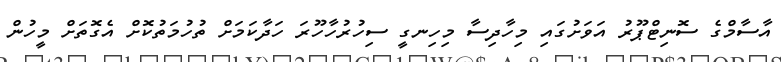
އާސާމްގެ ސޮނިޓްޕޫރު އަވަށުގައި މިހާދިސާ މިހިނގީ ސިހުރުހާހޫރަ ހަދާކަމަށް ތުހުމަތުކޮށް އެގޮތަށް މީހުން